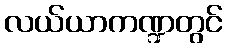
လယ်ယာကဏ္ဍတွင်